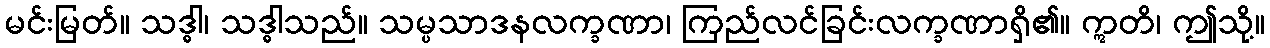
မင်းမြတ်။ သဒ္ဓါ၊ သဒ္ဓါသည်။ သမ္ပသာဒနလက္ခဏာ၊ ကြည်လင်ခြင်းလက္ခဏာရှိ၏။ ဣတိ၊ ဤသို့။